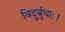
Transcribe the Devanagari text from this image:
विदुर्बुधाः।